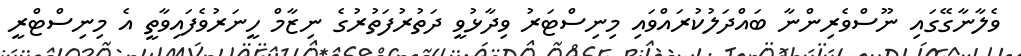
ވެލާނާގޭގައި ނޫސްވެރިންނާ ބައްދަލުކުރައްވައި މިނިސްޓަރު ވިދާޅުވީ ދަތުރުފަތުރުގެ ނިޒާމް ހީނަރުވެފައިވާތީ އެ މިނިސްޓްރީ